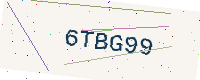
Text: 6TBG99